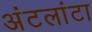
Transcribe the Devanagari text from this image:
अंटलांटा